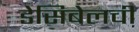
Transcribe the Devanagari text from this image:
डेसिबेलची